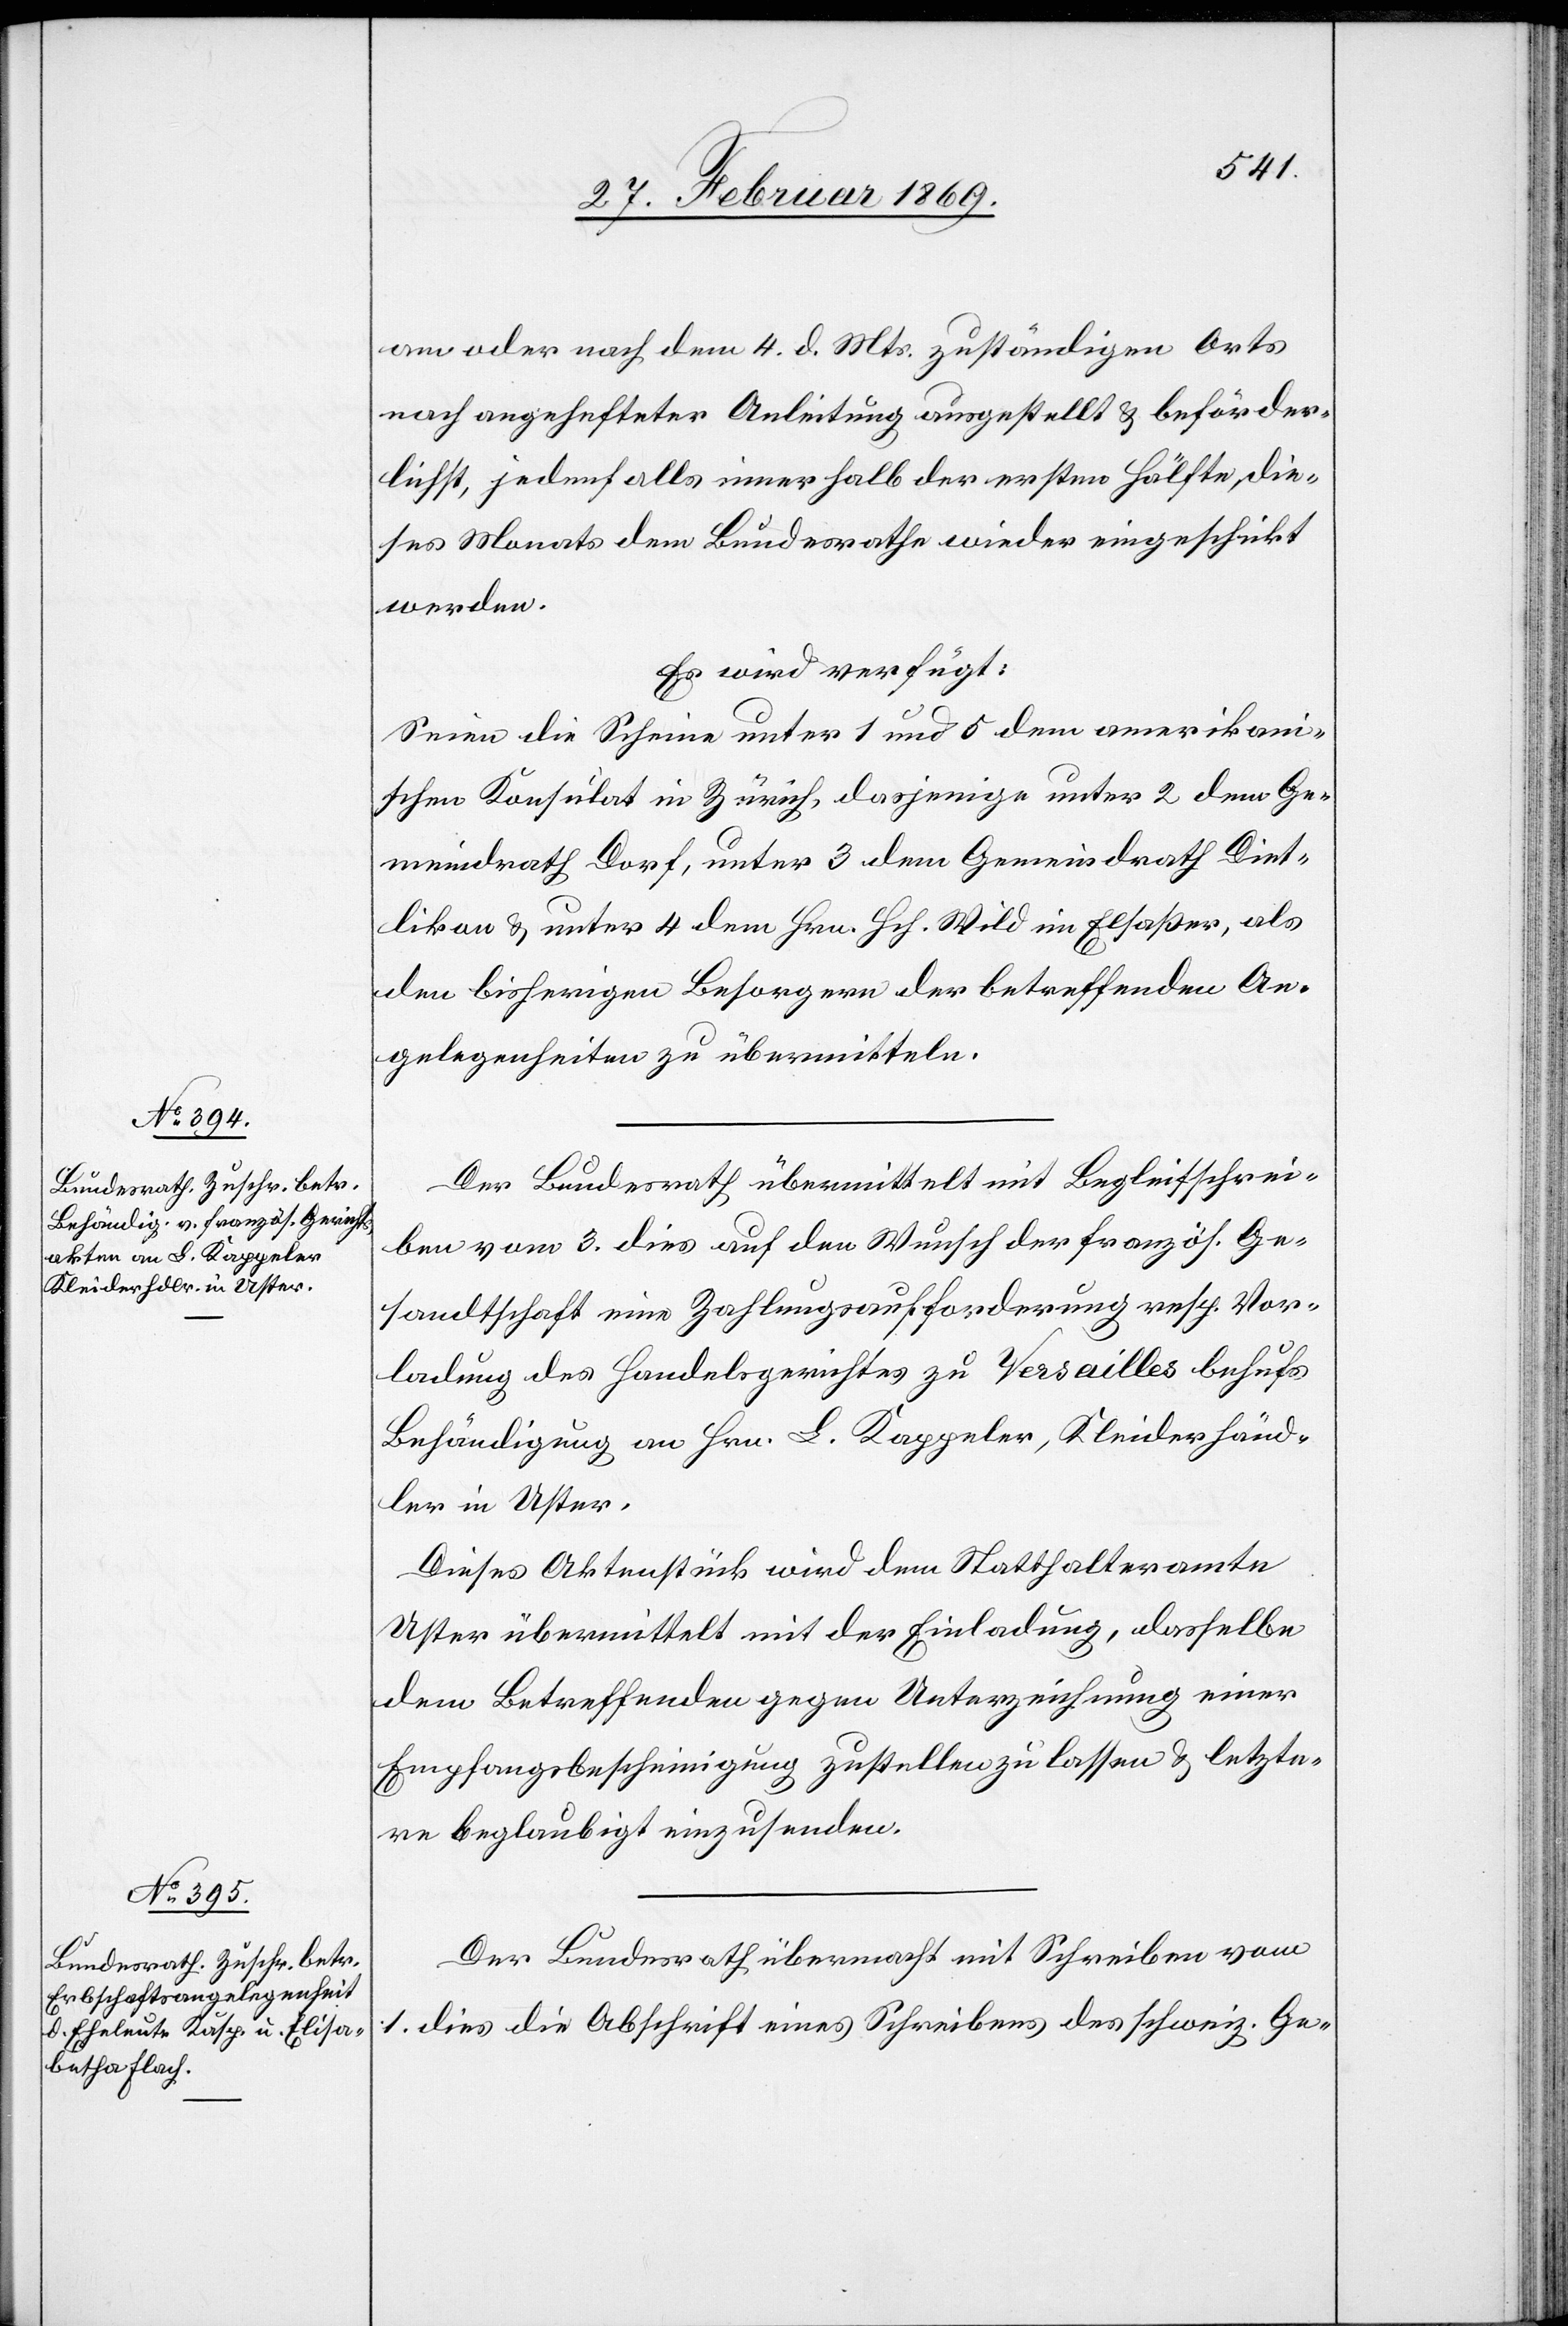
am oder nach dem 4. d. Mts. zuständigen Orts
nach angehafteter Anleitung ausgestellt & beförder¬
lichst, jedenfalls innerhalb der ersten Hälfte, die¬
ses Monats dem Bundesrathe wieder eingeführt
werden.
Es wird verfügt:
Seien die Scheine unter 1 und 5 dem amerikan¬
ischen Konsulat in Zürich, dasjenige unter 2 dem Ge¬
meindrath Dorf, unter 3 dem Gemeindrath Diet¬
likon & unter 4 dem Hrn. Hch. Wild im Elsaßer, als
den bisherigen Besorgern der betreffenden An¬
gelegenheiten zu übermitteln.
Der Bundesrath übermittelt mit Begleitschrei¬
ben vom 3. dies auf den Wunsch der französ. Ge¬
sandtschaft eine Zahlungsforderung resp. Vor¬
ladung des Handelsgerichtes zu Versailles behufs
Behändigung an Hrn. L. Kappeler, Kleiderhänd¬
ler in Uster.
Dieses Aktenstück wird dem Statthalteramte
Uster übermittelt mit der Einladung, dasselbe
dem Betreffenden gegen Unterzeichnung einer
Empfangsbescheinigung zustellen zu lassen & letzte¬
re beglaubigt einzusenden.
Der Bundesrath übermacht mit Schreiben vom
1. dies die Abschrift eines Schreibens des schweiz. Ge-